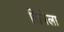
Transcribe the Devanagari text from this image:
सिपेला